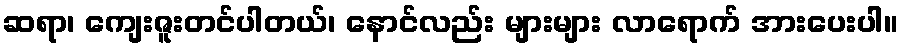
ဆရာ၊ ကျေးဇူးတင်ပါတယ်၊ နောင်လည်း များများ လာရောက် အားပေးပါ။